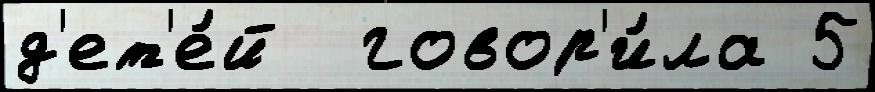
д'ет'е́й  говор'и́ла 5